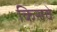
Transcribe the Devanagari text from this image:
किसवे